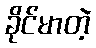
ခိုင်မာတဲ့